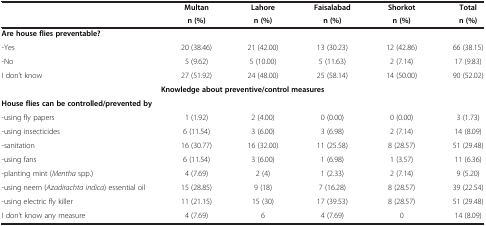
|  | Multan | Lahore | Faisalabad | Shorkot | Total |
 |  | n (%) | n (%) | n (%) | n (%) | n (%) |
 | --- | --- | --- | --- | --- | --- |
 | <COLSPAN=6> Are house flies preventable? |
 | -Yes | 20 (38.46) | 21 (42.00) | 13 (30.23) | 12 (42.86) | 66 (38.15) |
 | -No | 5 (9.62) | 5 (10.00) | 5 (11.63) | 2 (7.14) | 17 (9.83) |
 | I don’t know | 27 (51.92) | 24 (48.00) | 25 (58.14) | 14 (50.00) | 90 (52.02) |
 | <COLSPAN=6> Knowledge about preventive/control measures |
 | <COLSPAN=6> House flies can be controlled/prevented by |
 | -using fly papers | 1 (1.92) | 2 (4.00) | 0 (0.00) | 0 (0.00) | 3 (1.73) |
 | -using insecticides | 6 (11.54) | 3 (6.00) | 3 (6.98) | 2 (7.14) | 14 (8.09) |
 | -sanitation | 16 (30.77) | 16 (32.00) | 11 (25.58) | 8 (28.57) | 51 (29.48) |
 | -using fans | 6 (11.54) | 3 (6.00) | 1 (6.98) | 1 (3.57) | 11 (6.36) |
 | -planting mint (Mentha spp.) | 4 (7.69) | 2 (4) | 1 (2.33) | 2 (7.14) | 9 (5.20) |
 | -using neem (Azadirachta indica) essential oil | 15 (28.85) | 9 (18) | 7 (16.28) | 8 (28.57) | 39 (22.54) |
 | -using electric fly killer | 11 (21.15) | 15 (30) | 17 (39.53) | 8 (28.57) | 51 (29.48) |
 | I don’t know any measure | 4 (7.69) | 6 | 4 (7.69) | 0 | 14 (8.09) |